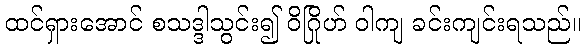
ထင်ရှားအောင် စသဒ္ဒါသွင်း၍ ဝိဂြိုဟ် ဝါကျ ခင်းကျင်းရသည်။